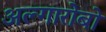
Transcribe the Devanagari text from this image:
अल्गारोबो